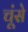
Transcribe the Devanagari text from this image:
चूंसे